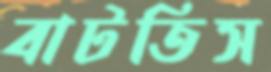
বাটতিস